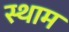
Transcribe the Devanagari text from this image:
स्थाम